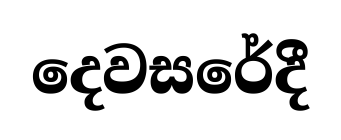
දෙවසරේදී